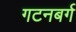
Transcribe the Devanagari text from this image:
गटनबर्ग